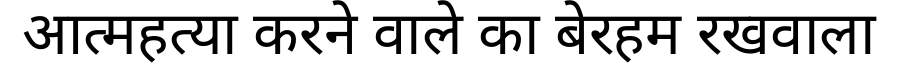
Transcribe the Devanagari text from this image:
आत्महत्या करने वाले का बेरहम रखवाला